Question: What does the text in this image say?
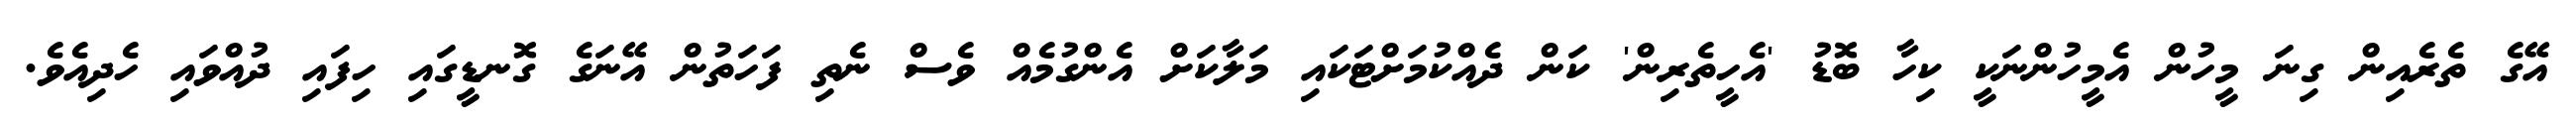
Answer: އޭގެ ތެރެއިން ގިނަ މީހުން އެމީހުންނަކީ ކިހާ ބޮޑު 'އެހީތެރިން' ކަން ދެއްކުމަށްޓަކައި މަލާކަށް އެންގުމެއް ވެސް ނެތި ފަހަތުން އޭނަގެ ގޮނޑީގައި ހިފައި ދުއްވައި ހެދިއެވެ.